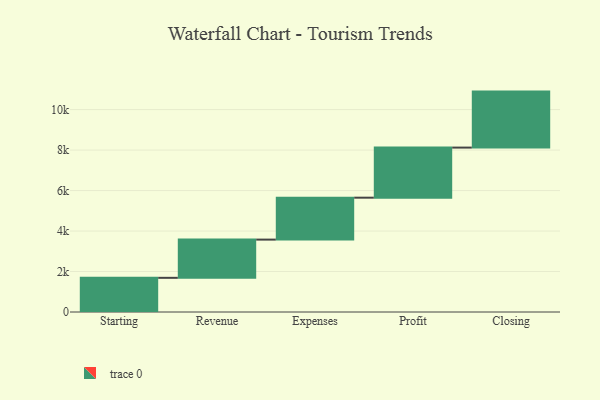
{"axis": {"x": "Step", "y": "Value"}, "legend": [""], "data": [{"x": "Starting", "y": 1688.0, "type": ""}, {"x": "Revenue", "y": 1889.0, "type": ""}, {"x": "Expenses", "y": 2071.0, "type": ""}, {"x": "Profit", "y": 2475.0, "type": ""}, {"x": "Closing", "y": 2766.0, "type": ""}]}